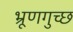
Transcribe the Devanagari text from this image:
भ्रूणगुच्छ